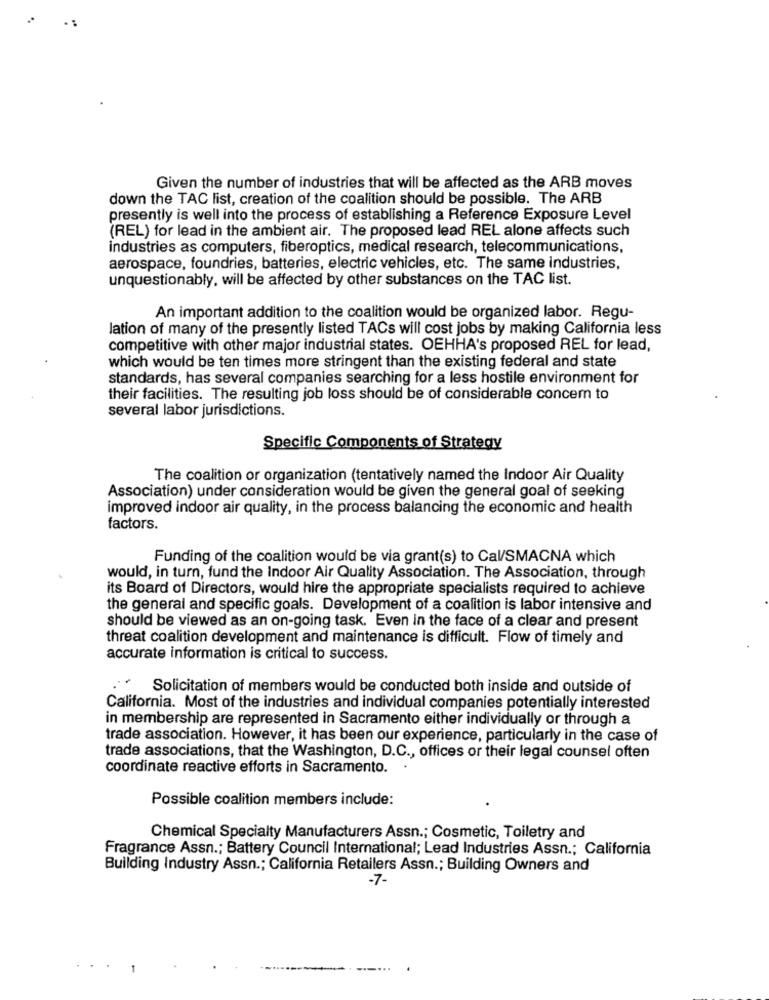
..
Given the number of industries that will be affected as the ARB moves
down the TAC list, creation of the coalition should be possible. The ARB
presently is well into the process of establishing a Reference Exposure Level
(REL) for lead in the ambient air. The proposed lead REL alone affects such
industries as computers, fiberoptics, medical research, telecommunications,
aerospace, foundries, batteries, electric vehicles, etc. The same industries,
unquestionably, will be affected by other substances on the TAC list.
An important addition to the coalition would be organized labor. Regu-
lation of many of the presently listed TACs will cost jobs by making California less
competitive with other major industrial states. OEHHA's proposed REL for lead,
which would be ten times more stringent than the existing federal and state
standards, has several companies searching for a less hostile environment for
their facilities. The resulting job loss should be of considerable concern to
several labor jurisdictions.
Specific Components of Strategy
The coalition or organization (tentatively named the Indoor Air Quality
Association) under consideration would be given the general goal of seeking
improved indoor air quality, in the process balancing the economic and health
factors.
Funding of the coalition would be via grant(s) to Cal/SMACNA which
would, in turn, fund the Indoor Air Quality Association. The Association, through
its Board of Directors, would hire the appropriate specialists required to achieve
the general and specific goals. Development of a coalition is labor intensive and
should be viewed as an on-going task. Even in the face of a clear and present
threat coalition development and maintenance is difficult. Flow of timely and
accurate information is critical to success.
Solicitation of members would be conducted both inside and outside of
California. Most of the industries and individual companies potentially interested
in membership are represented in Sacramento either individually or through a
trade association. However, it has been our experience, particularly in the case of
trade associations, that the Washington, D.C ., offices or their legal counsel often
coordinate reactive efforts in Sacramento.
Possible coalition members include:
Chemical Specialty Manufacturers Assn .; Cosmetic, Toiletry and
Fragrance Assn .; Battery Council International; Lead Industries Assn .; California
Building Industry Assn .; California Retailers Assn .; Building Owners and
-7-